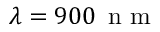
\lambda = 9 0 0 \, \mathrm { ~ n ~ m ~ }